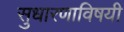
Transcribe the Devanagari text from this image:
सुधारणाविषयी